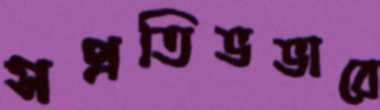
সপ্রতিভভাবে